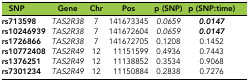
| SNP | Gene | Chr | Pos | p (SNP) | p (SNP:time) |
 | --- | --- | --- | --- | --- | --- |
 | rs713598 | TAS2R38 | 7 | 141673345 | 0.0659 | 0.0147 |
 | rs10246939 | TAS2R38 | 7 | 141672604 | 0.0659 | 0.0147 |
 | rs1726866 | TAS2R38 | 7 | 141672705 | 0.1208 | 0.1452 |
 | rs10772408 | TAS2R49 | 12 | 11151599 | 0.4936 | 0.7443 |
 | rs1376251 | TAS2R49 | 12 | 11138852 | 0.3534 | 0.9068 |
 | rs7301234 | TAS2R49 | 12 | 11150884 | 0.2838 | 0.7276 |